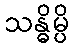
သန္ဓိမ္ပိ